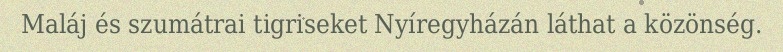
Maláj és szumátrai tigriseket Nyíregyházán láthat a közönség.